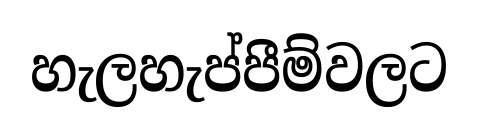
හැලහැප්පීම්වලට